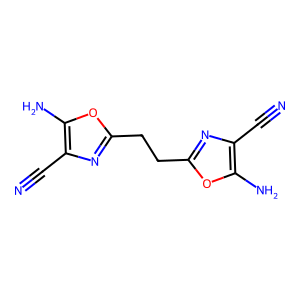
SMILES: N#Cc1nc(CCc2nc(C#N)c(N)o2)oc1N
Inhibits HIV replication: No